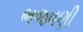
ભજવણી